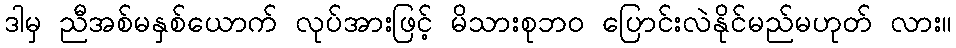
ဒါမှ ညီအစ်မနှစ်ယောက် လုပ်အားဖြင့် မိသားစုဘ၀ ပြောင်းလဲနိုင်မည်မဟုတ် လား။